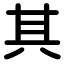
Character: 其